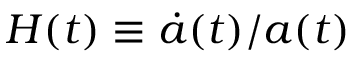
H ( t ) \equiv { \dot { a } } ( t ) / a ( t )